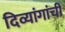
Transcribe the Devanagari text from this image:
दिव्यांगांची